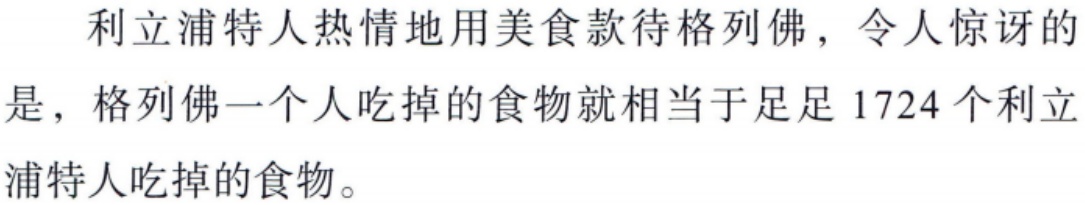
利立浦特人热情地用美食款待格列佛，令人惊讶的是，格列佛一个人吃掉的食物就相当于足足 1724 个利立浦特人吃掉的食物。